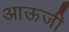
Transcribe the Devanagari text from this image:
आऊजी